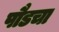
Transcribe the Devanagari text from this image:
पौडचा